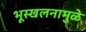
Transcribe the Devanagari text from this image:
भूस्खलनामुळे